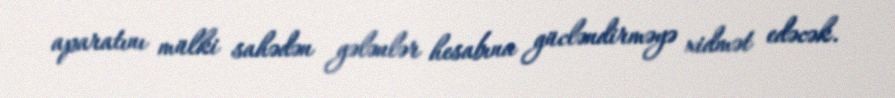
aparatını mülki sahədən gələnlər hesabına gücləndirməyə xidmət edəcək.